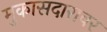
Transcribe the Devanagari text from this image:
मुकासदारावर